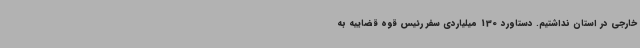
خارجی در استان نداشتیم. دستاورد 130 میلیاردی سفر رئیس قوه قضاییه به